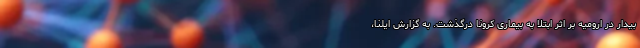
بیدار در ارومیه بر اثر ابتلا به بیماری کرونا درگذشت. به گزارش ایلنا،